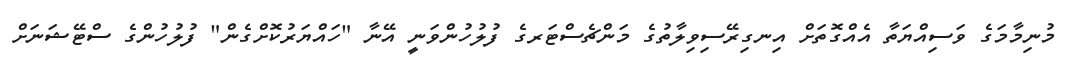
މުނިމާމަގެ ވަސިއްޔަތާ އެއްގޮތަށް އިނގިރޭސިވިލާތުގެ މަންޗެސްޓަރގެ ފުލުހުންވަނީ އޭނާ "ހައްޔަރުކޮށްގެން" ފުލުހުންގެ ސްޓޭޝަނަށް